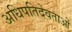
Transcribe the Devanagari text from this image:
अधिपतिदेवताओं